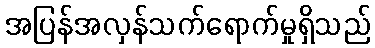
အပြန်အလှန်သက်ရောက်မှုရှိသည်